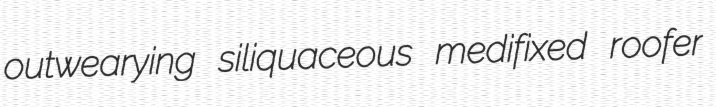
outwearying siliquaceous medifixed roofer